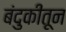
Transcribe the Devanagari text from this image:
बंदुकींतून